Memorandum on the prevention of leprosy by segregation of the affected
Disease focus: Leprosy
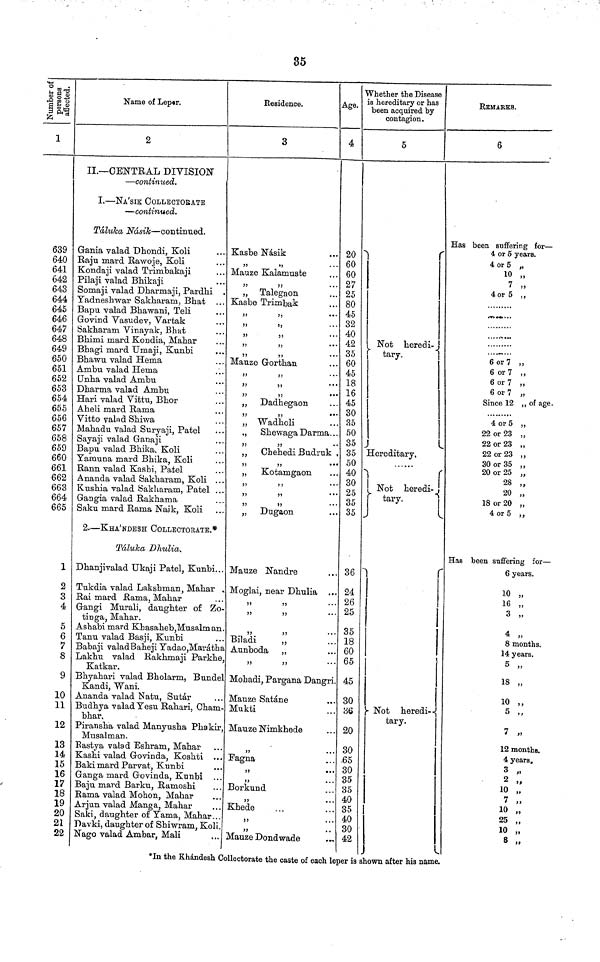
35
Number of
Person affected
Number of person affected
1
639
640
641
642
643
644
645
646
647
648
649
650
651
652
653
654
655
656
657
658
659
660
661
662
663
664
665
1
2
3
4
5
6
7
8
9
10
11
12
13
14
15
16
17
18
19
20
21
22
Name of Leper.
2
II.— CENTRAL DIVISION
— continued.
I. — NA'SIK COLLECTORATE
— continued.
Taluca Nasik — continued.
Gania valad Dhondi, Koli
Raju mard Rawoje, Koli
Kondaji valad Trimbakaji
Pilaji valad Bhikaji
Somaji valad Dharmaji, Pardhi
Yadneslrwar Sakhararn, Bhat
Bapu valad Bhawani, Teli
Govind Vasudev, Vartak
Sakharam Vinayak, Bhat
Bhimi mard Kondia, Mahar
Bhagi mard Umaji, Kunbi
Bhawu valad Hema
Ambu valad Hema
Unha valad Ambu
Dharma valad Ambu
Hari valad Vittu, Bhor
Aheli mard Rama
Vitto valad Shiwa
Mahadu valad Suryaji, Patel
Sayaji valad Ganaji
Bapu valad Bhika, Koli
Yamuna mard Bhika, Koli
Rann valad Kashi, Patel
Ananda valad Sakharam, Koli ..
Rushia valad Sakharam, Patel ..
Gangia valad Rakhama
Saku mard Rama Naik, Koli
2. — KHA'NDESH COLLECTORATB,*
Taluka Dhulia.
Dhanjivalad Ukaji Patel, Kunbi,.
Tukdia valad Lakshman, Mahar
Rai mard Rama, Mahar
Grangi Murali, daughter of Zo
tinga, Mahar.
Ashabimard Khasaheb,Musalman
Tanu valad Basji, Kunbi
Babaji valadBaheji Yadao, Marath
Lakhu valad Rakhmaji Parkhe
Katkar.
Bhyahari valad Bholarm, Bunde
Kandi, Wani.
Ananda valad Natu, Sutar
Budnya valad Yesu Rahari, Cham
bhar.
Piransha valad Manyusha Phakir
Musalman.
Eastya valad Eshram, Mahar
Kashi valad Grovin da, Koshti ..
Baki mard Parvat, Kunbi
Ganga mard Govinda, Kunbi . .
Baju mard Barku, Ramoshi
Rama valad Mohon, Mahar
Arjun valad Manga, Mahar
Saki, daughter of Yama, Mahar..
Davki, daughter of Shiwram, Koli
Nago valad Ambar, Mali
Residence.
3
Kasbe Nasik
,,
,,
Mauze Kalamuste
,,
,,
„ Talegaon
Kasbe Trimbak
,,
,,
,,
,,
,,
,,
,,
,,
"
"
Mauze Gorthan
"
"
" "
"
"
" Dadhegaon
"
"
„ Wadholi
,, Shewaga Darma. . .
"
"
,, Chehedi Budruk
"
"
„ Kotamgaon
"
"
"
"
"
"
„ Dugaon
Mauze Nandre
Moglai, near Dhulia ..
"
"
"
"
"
"
Biladi
,,
Aunboda ,,
"
"
Mohadi, Pargana Dangri
Mauze Satane
Mukti
Mauze Nimkhede
"
Fagna
"
"
Borkund
"
Khede
"
"
Mauze Dondwade
"
Age.
4
20
60
60
27
25
80
45
32
40
42
35
60
45
18
16
45
30
35
50
35
35
50
40
30
25
35
35
36
24
26
25
35
18
60
65
45
30
36
20
30
.65
30
35
35
40
35
40
30
42
whether the Disease
is hereditary or has
been acquired by
contagion.
5
Not heredi-
tary.
Hereditary.
Not
heredi-
tary.
Not
heredi-
tary.
REMARKS.
6
Has been suffering for —
4 or 5 years.
4 or 5 „
10 „
7 „
4 or 5 ,,
6 or 7 "
6 or 7 "
6 or 7 "
6 or 7 "
Since 12 " of age.
4 or 5 "
22 or 23 "
22 or 23 "
22 or 23 "
30 or 35 "
20 or 25 "
28 "
20 "
18 or 20 "
4 or 5
Has been suffering for —
6 years.
10 „
16 „
3 „
4 „
8 months.
14 years.
5 „
18 „
10 ,,
5 „
7 „
12 months.
4 years.
3 "
2 "
10 "
7 "
10 "
25 "
10 "
8 "
*In the Khandesh Collectorate the caste of each leper is shown after his name.